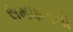
સમધાનની